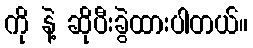
ကို နဲ့ ဆိုပီးခွဲထားပါတယ်။